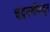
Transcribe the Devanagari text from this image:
चंद्रमणींकडून